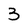
Character: 3